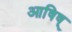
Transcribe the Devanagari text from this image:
आषिष्